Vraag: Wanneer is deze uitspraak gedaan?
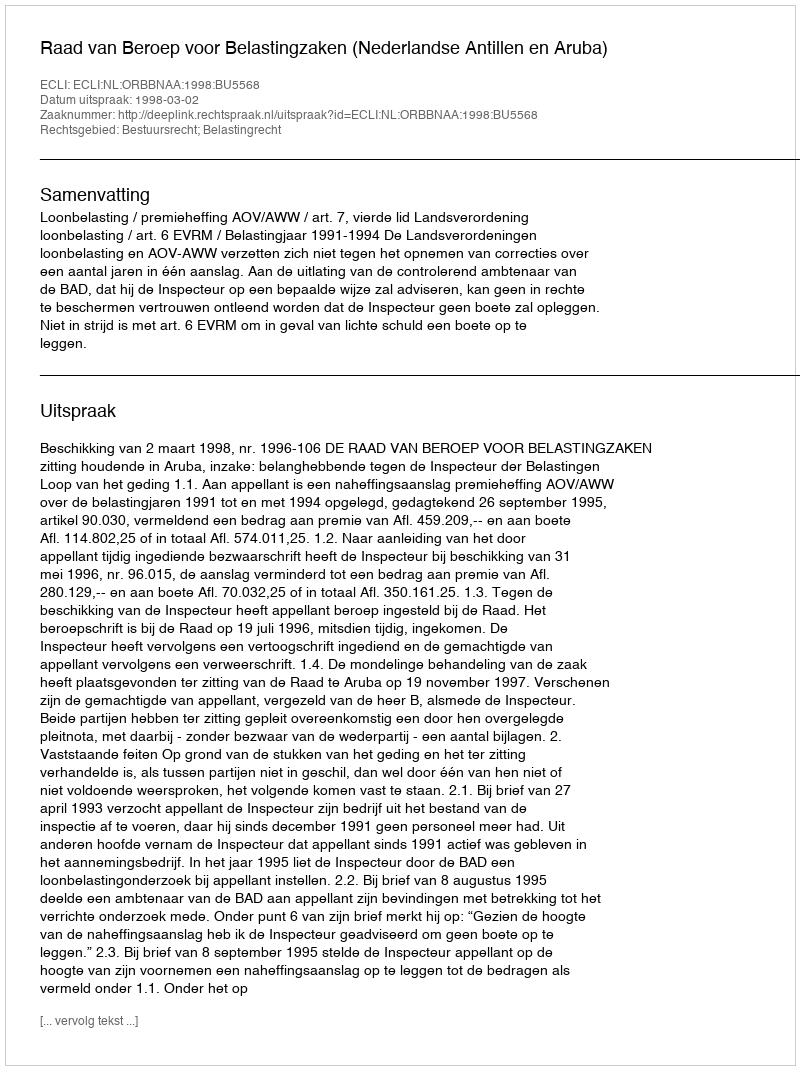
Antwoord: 1998-03-02